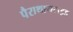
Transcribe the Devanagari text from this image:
पैराथायराइड